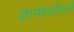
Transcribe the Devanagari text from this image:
ज्ञानेश्वरीकर्ते